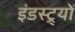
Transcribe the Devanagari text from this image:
इंडस्ट्र्यों